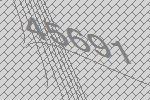
45691